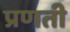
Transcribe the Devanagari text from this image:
प्रणती